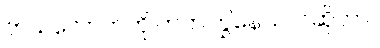
ဘယ်လောက်ကို တက်ကြွနေသလဲဆိုတာ။